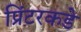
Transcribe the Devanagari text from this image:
प्रिंटरकडे